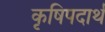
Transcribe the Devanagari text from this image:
कृषिपदार्थ